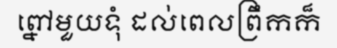
ព្នៅមួយទុំ ដល់ពេលព្រឹកក៏